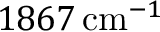
1 8 6 7 \, \mathrm { c m } ^ { - 1 }